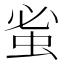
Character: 𮔀